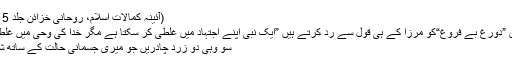
(آئینہ کمالات اسلام، روحانی خزائن جلد 5 صفحہ 353)
(مرزا کے اس ”دورغ بے فروغ“کو مرزا کے ہی قول سے رد کرتے ہیں ”ایک نبی اپنے اجتہاد میں غلطی کر سکتا ہے مگر خدا کی وحی میں غلطی نہیں ہوتی)
سو وہی دو زرد چادریں جو میری جسمانی حالت کے ساتھ شامل کی گئیں۔